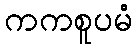
ကကစူပမံ